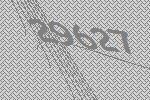
29627